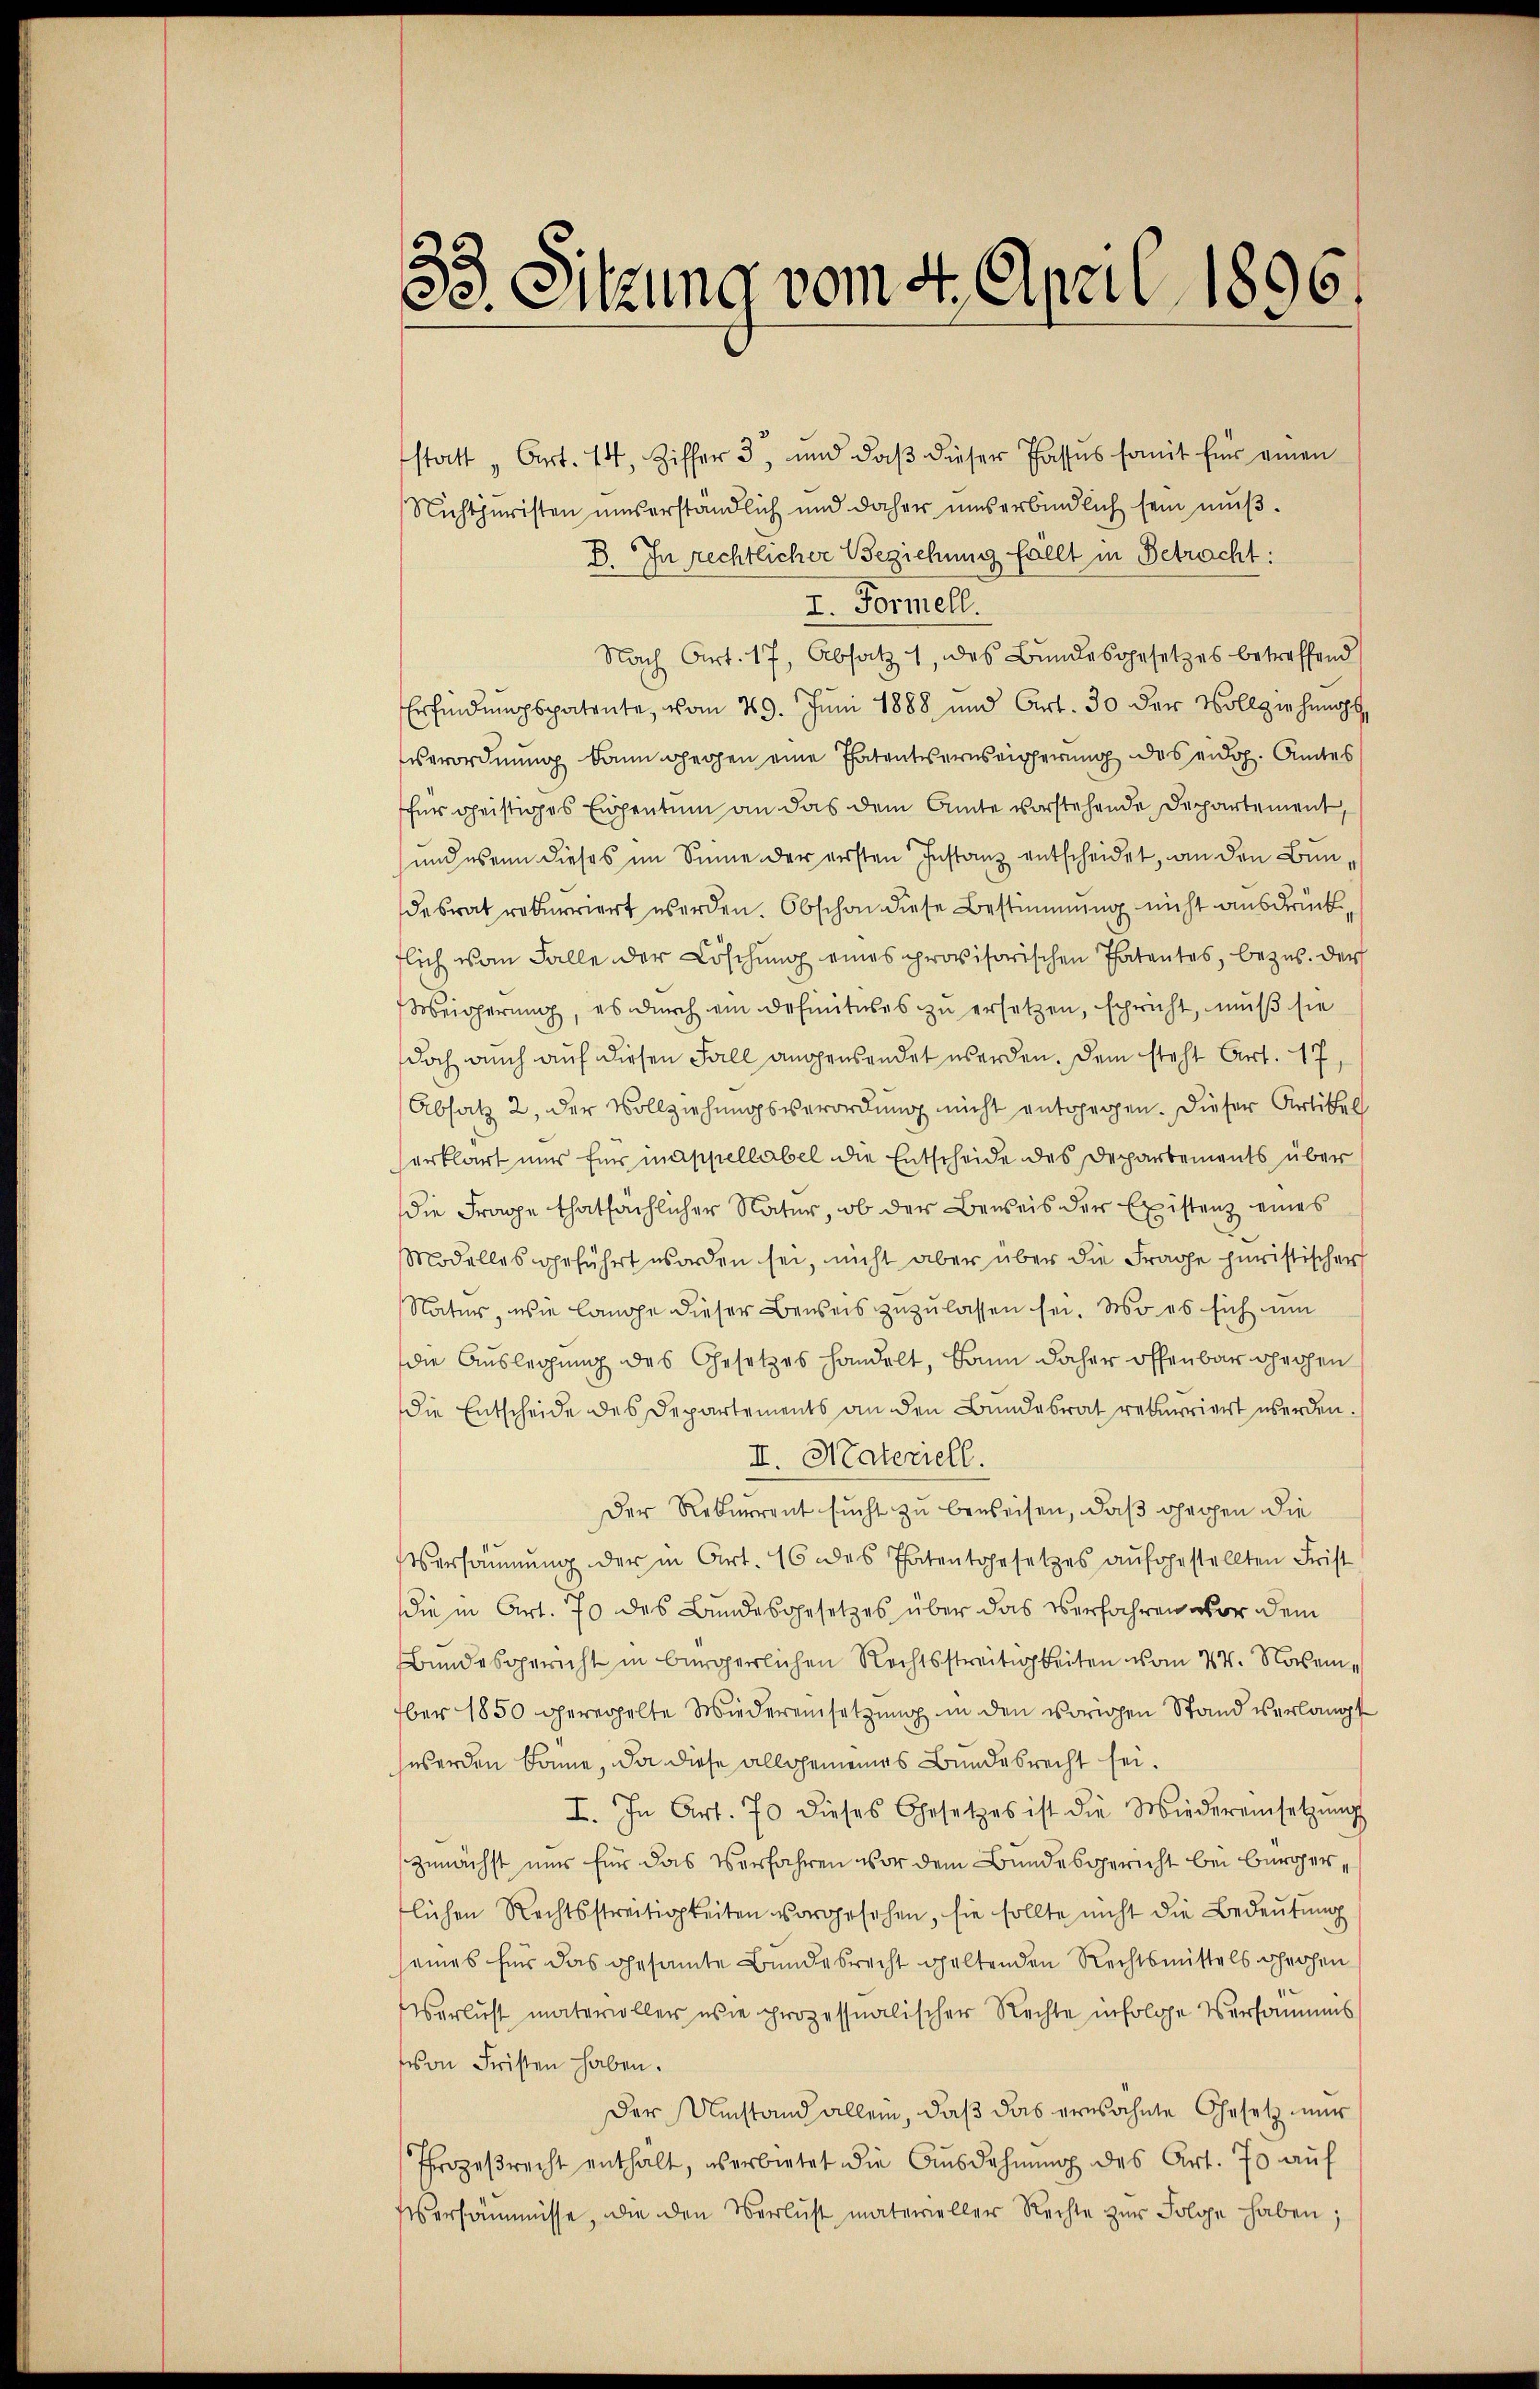
d
33. Sitzung vom 4. April 1896.

statt „Art. 74, Ziffer 3, und daβ dieser Passes somit für einen
Nichtjuristen unserständlich und daher uns erbindlich sein muß.
B. In rechtlicher Beziehung fällt in Betracht:
I. Formell.
Nach Art. 17, Absatz 1 des Bundesgesetzes betreffend
Erfindungspatente, vom 29. Juni 1888 und Art. 30 der Vollziehung g
verordnung kann gegen eine Patenternseigerung des eidg. Amtes
für geistiges Eigentum an das dem Amte vorstehende Departement,
und wenn dieses im Sinne der ersten Instanz entscheidet, an den Bundesrat rekurriert werden. Obschon diese Bestimmung nicht ausdrück
tlich vom Falle der Löschung eines provisorischen Patentes, bezus. Der
Weigerung, es durch ein Definitives zu ersetzen, schricht, muß sie
doch auch auf diesen Fall augensendet werden. Dem steht Art. 17,
Absatz 2, der Vollziehungsverordnung nicht entgegen. Dieser Artikel
erklärt nur für inappellabel die Entscheide des Departements über
die Frage thatsächlicher Natur, ob der Beweis der Existenz eines
Modelles geführt worden sei, nicht aber über die Frage juristischer
Natur, wie lange dieser Beweis zuzulassen sei. Wo es sich um
die Auslegung des Gesetzes handelt, kann daher offenbar gehen
Die Entscheide des Departements an den Bundesrat rekurriert werden.
II. Materiell.
Der Rekurrent sucht zu beweisen, daß gegen die
Versäumung der in Art. 16 des Thatentgesetzes aufgestellten Frist
die in Art. 70 des Bundesgesetzes über das Verfahren vor dem
Bundesgericht in bürgerlichen Rechtsstreitigkeiten vom 24. November 1850 geregelte Wiedereinsetzung in den vorigen Stand verlangt
werden könne, da diese allgemeines Bundesrecht sei.
I. In Art. 70 dieses Gesetzes ist die Wiedereinsetzŭng
zunächst nur für das Verfahren vor dem Bundesgericht bei Bürger,
lichen Rechtsstreitigkeiten vorgesehen, sie sollte nicht die Bedeutung
seines für das gesamte Bundesrecht geltenden Rechtsmittels prochen
.
Verlust materioller wie prozessualischer Rechte infolge Versammes
von Fristen haben.
Der Umstand allein, daß das erwähnte Gesetz nur
Prozeβrecht enthält, überbietet die Ausdehnung des Art. 70 auf
ersäumnisse, die den Verlust materieller Rechte zŭr Folge haben;